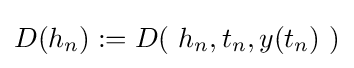
D(h_{n}):=D(\ h_{n},t_{n},y(t_{n})\ )